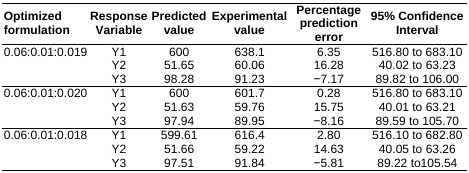
<table><thead><tr><td><b>Optimized formulation</b></td><td><b>Response Variable</b></td><td><b>Predicted value</b></td><td><b>Experimental value</b></td><td><b>Percentage prediction error</b></td><td><b>95% Confidence Interval</b></td></tr></thead><tbody><tr><td rowspan="3">0.06:0.01:0.019</td><td>Y1</td><td>600</td><td>638.1</td><td>6.35</td><td>516.80 to 683.10</td></tr><tr><td>Y2</td><td>51.65</td><td>60.06</td><td>16.28</td><td>40.02 to 63.23</td></tr><tr><td>Y3</td><td>98.28</td><td>91.23</td><td>−7.17</td><td>89.82 to 106.00</td></tr><tr><td rowspan="3">0.06:0.01:0.020</td><td>Y1</td><td>600</td><td>601.7</td><td>0.28</td><td>516.80 to 683.10</td></tr><tr><td>Y2</td><td>51.63</td><td>59.76</td><td>15.75</td><td>40.01 to 63.21</td></tr><tr><td>Y3</td><td>97.94</td><td>89.95</td><td>−8.16</td><td>89.59 to 105.70</td></tr><tr><td rowspan="3">0.06:0.01:0.018</td><td>Y1</td><td>599.61</td><td>616.4</td><td>2.80</td><td>516.10 to 682.80</td></tr><tr><td>Y2</td><td>51.66</td><td>59.22</td><td>14.63</td><td>40.05 to 63.26</td></tr><tr><td>Y3</td><td>97.51</td><td>91.84</td><td>−5.81</td><td>89.22 to 105.54</td></tr></tbody></table>